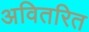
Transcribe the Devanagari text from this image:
अवितरित